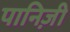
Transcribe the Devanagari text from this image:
पानिज़ी